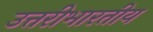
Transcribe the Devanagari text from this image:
उत्तरीभारतीय